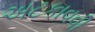
અટકાવવી